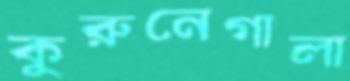
কুরুনেগালা